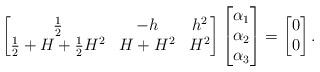
LaTeX: \begin{align*}\begin{bmatrix} \frac12 & -h & h^2\\ \frac12 +H+\frac12 H^2 & H+H^2& H^2 \end{bmatrix} \begin{bmatrix} \alpha_1\\\alpha_2\\\alpha_3\end{bmatrix}=\begin{bmatrix} 0\\0 \end{bmatrix}. \end{align*}